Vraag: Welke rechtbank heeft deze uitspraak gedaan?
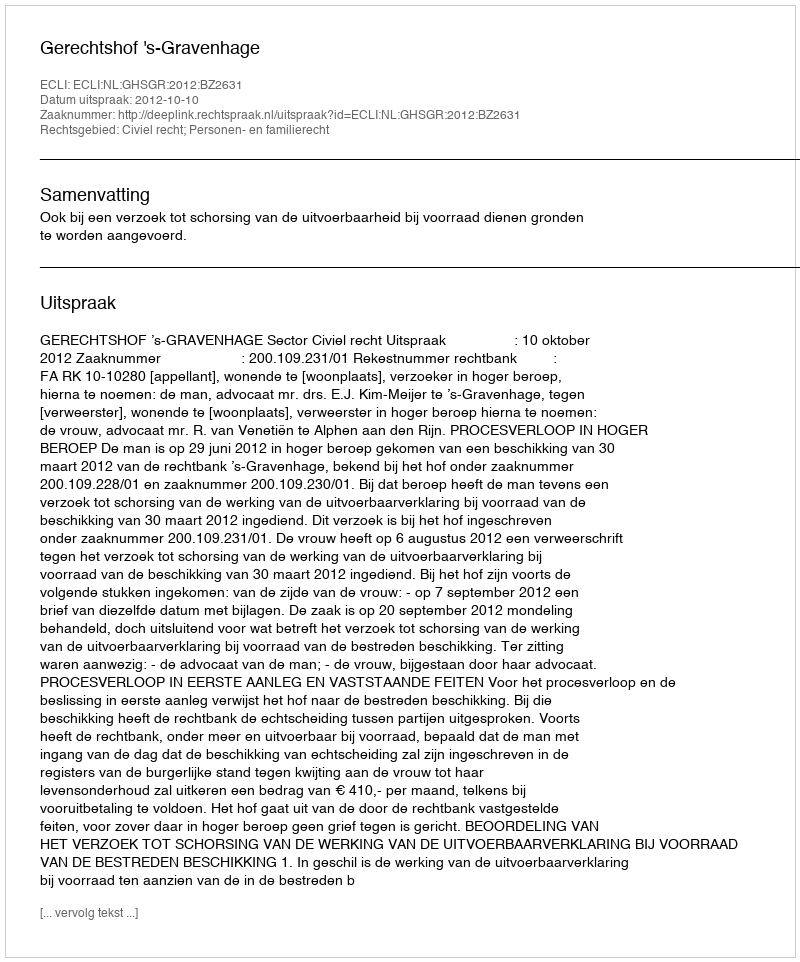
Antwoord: Gerechtshof 's-Gravenhage